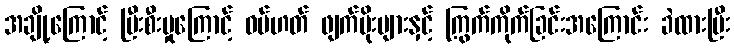
အချို့ကြောင့် ပြီးစီးမှုကြောင့် ဝမ်ဟတ် ဖျက်ပိုးများနှင့် ကြွက်ကိုက်ခြင်းအကြောင်း ခဲထားပြီး